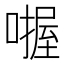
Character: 𪢅